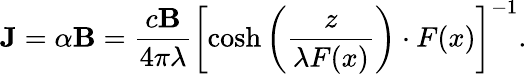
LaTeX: \mathbf{J}=\alpha\mathbf{B}=\frac{c\mathbf{B}}{4\pi\lambda}\left[\cosh\left(\frac{z}{\lambda F(x)}\right)\cdot F(x)\right]^{-1}.